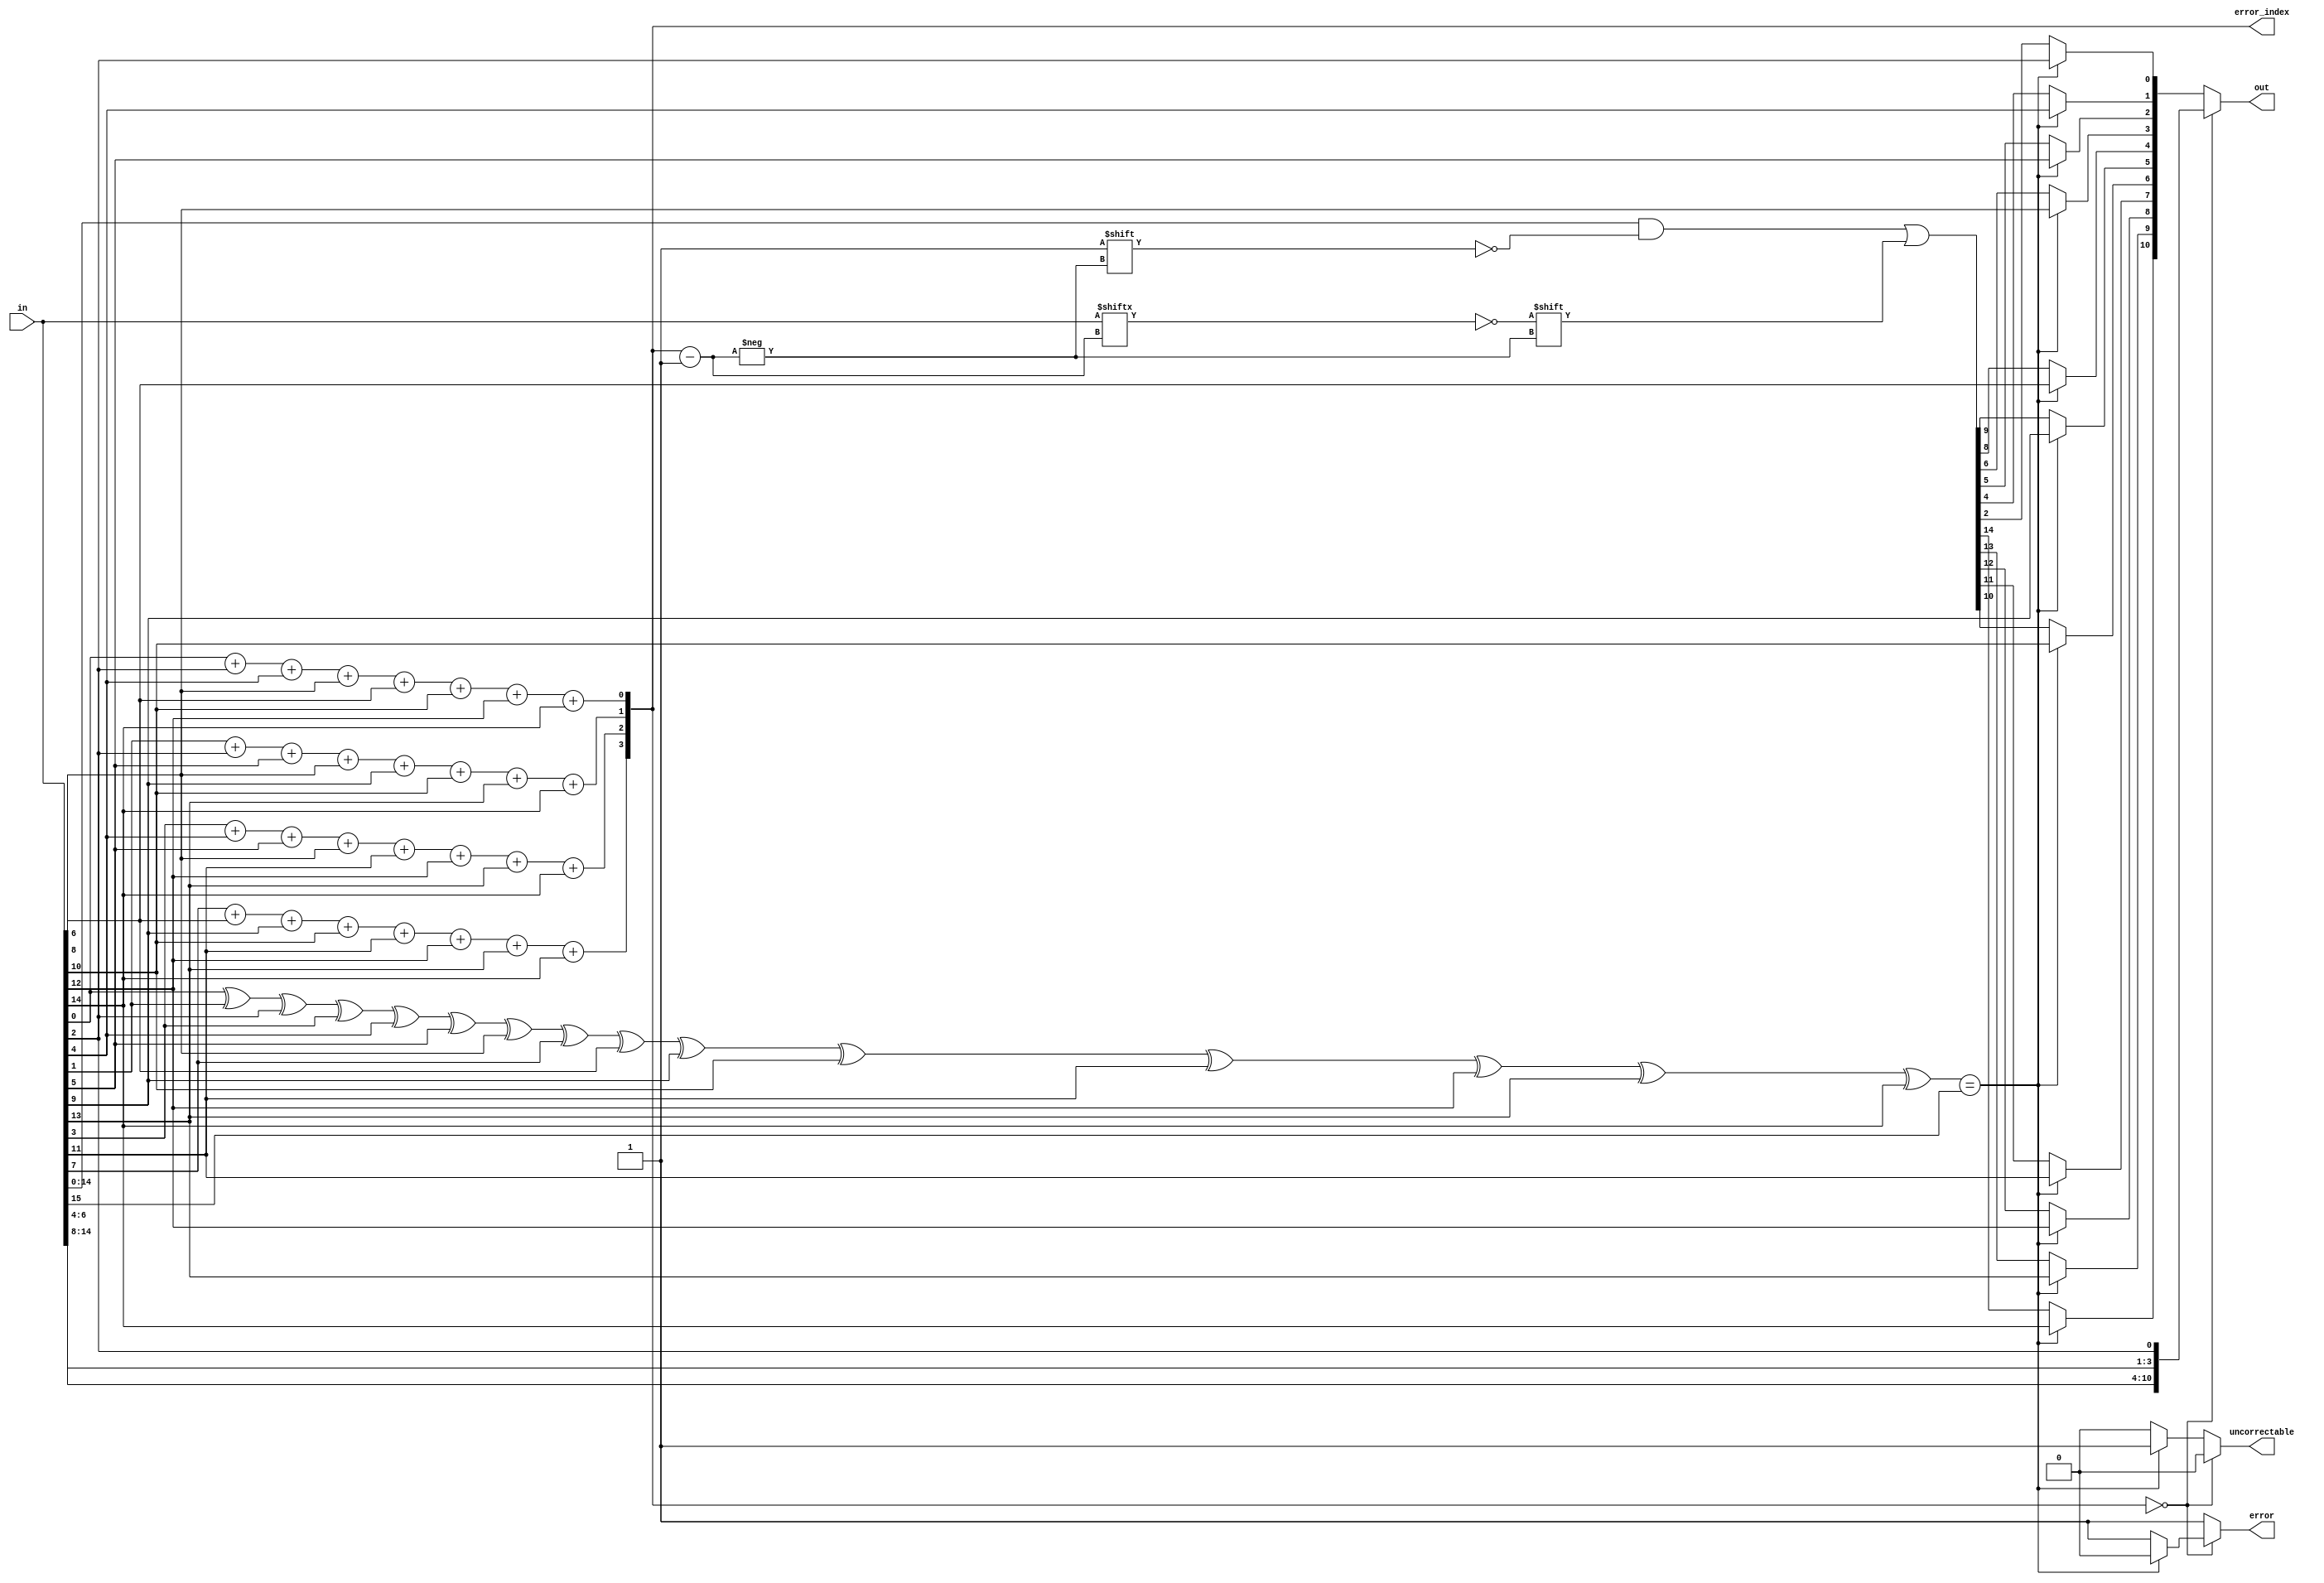
module hamming_decoder(output reg[10:0]  out, 
                       output reg[3:0] error_index, 
                       output reg error, 
                       output reg uncorrectable, 
                       input[16:1] in);

reg correction_parity;
reg[16:1] IN;

integer i;

always @(*) begin
  IN = in;


  error_index[0] = in[1] + in[3] + in[5] + in[7] + in[9] + in[11] + in[13] + in[15];
  error_index[1] = in[2] + in[3] + in[6] + in[7] + in[10] + in[11] + in[14] + in[15];
  error_index[2] = in[4] + in[5] + in[6] + in[7] + in[12] + in[13] + in[14] + in[15];
  error_index[3] = in[8] + in[9] + in[10] + in[11] + in[12] + in[13] + in[14] + in[15];

  

  correction_parity = in[1] ^ in[2] ^ in[3] ^ in[4] ^ in[5] ^ in[6] ^ in[7] ^ in[8] ^ in[9] ^ in[10] ^ in[11] ^ in[12] ^ in[13] ^ in[14] ^ in[15];

  if(error_index == 4'b0000) begin            

    if(correction_parity == in[16]) begin     
      error = 0;                              
      uncorrectable = 0;
      out[0] = in[3];
      out[1] = in[5];
      out[2] = in[6];
      out[3] = in[7];
      out[4] = in[9];
      out[5] = in[10];
      out[6] = in[11];
      out[7] = in[12];
      out[8] = in[13];
      out[9] = in[14];
      out[10] = in[15];
    end
    else begin                                 
      error = 1;                               
      uncorrectable = 0;
      out[0] = in[3];
      out[1] = in[5];
      out[2] = in[6];
      out[3] = in[7];
      out[4] = in[9];
      out[5] = in[10];
      out[6] = in[11];
      out[7] = in[12];
      out[8] = in[13];
      out[9] = in[14];
      out[10] = in[15];
    end
  end
  else begin                                  
    if(correction_parity == in[16]) begin     
      error = 1;                              
      uncorrectable = 1;
      out[0] = in[3];
      out[1] = in[5];
      out[2] = in[6];
      out[3] = in[7];
      out[4] = in[9];
      out[5] = in[10];
      out[6] = in[11];
      out[7] = in[12];
      out[8] = in[13];
      out[9] = in[14];
      out[10] = in[15];
    end else begin                              
      error = 1;                                
      uncorrectable = 0;                        

      IN = in;
      IN[error_index] = !IN[error_index];
      out[0] = IN[3];
      out[1] = IN[5];
      out[2] = IN[6];
      out[3] = IN[7];
      out[4] = IN[9];
      out[5] = IN[10];
      out[6] = IN[11];
      out[7] = IN[12];
      out[8] = IN[13];
      out[9] = IN[14];
      out[10] = IN[15];
    end
  end

end

endmodule